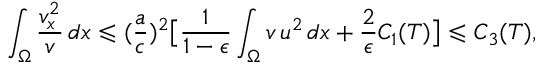
\int _ { \Omega } { \frac { v _ { x } ^ { 2 } } { v } \, d x } \leqslant ( \frac { a } { c } ) ^ { 2 } \bigl [ \frac { 1 } { 1 - \epsilon } \int _ { \Omega } { v \, u ^ { 2 } \, d x } + \frac { 2 } { \epsilon } C _ { 1 } ( T ) \bigr ] \leqslant C _ { 3 } ( T ) ,